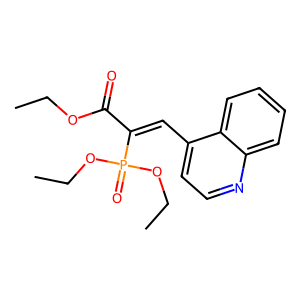
SMILES: CCOC(=O)C(=Cc1ccnc2ccccc12)P(=O)(OCC)OCC
Inhibits HIV replication: No